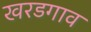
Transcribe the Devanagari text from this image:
खरडगाव